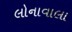
લોનાવાલા